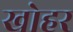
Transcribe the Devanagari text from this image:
खोहर